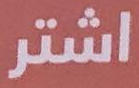
اشتر